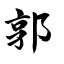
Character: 郭